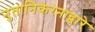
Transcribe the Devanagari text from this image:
नुतानिकरनाद्वारे